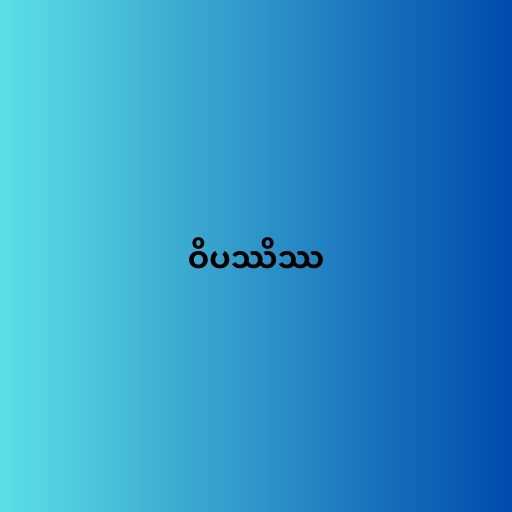
ဝိပဿိဿ